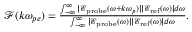
\begin{array} { r } { \mathcal { F } ( k \omega _ { p e } ) = \frac { \int _ { - \infty } ^ { \infty } | \mathcal { E } _ { \mathrm { p r o b e } } ( \omega + k \omega _ { p } ) | | \mathcal { E } _ { \mathrm { r e f } } ( \omega ) | d \omega } { \int _ { - \infty } ^ { \infty } | \mathcal { E } _ { \mathrm { p r o b e } } ( \omega ) | | \mathcal { E } _ { \mathrm { r e f } } ( \omega ) | d \omega } . } \end{array}